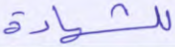
للشهادة